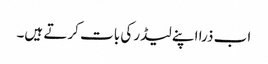
اب ذرا اپنے لیڈر کی بات کرتے ہیں۔